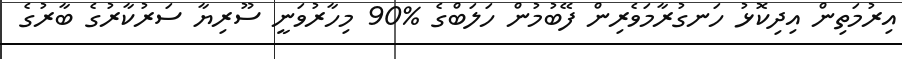
އިރުމަތިން އިދިކޮޅު ހަނގުރާމަވެރިން ފޭބުމުން ހަލަބްގެ %90 މިހާރުވަނީ ސޫރިޔާ ސަރުކާރުގެ ބާރުގެ